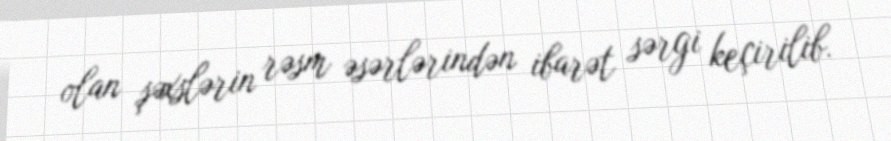
olan şəxslərin rəsm əsərlərindən ibarət sərgi keçirilib.